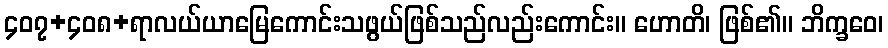
၄၀၇+၄၀၈+ရာလယ်ယာမြေကောင်းသဖွယ်ဖြစ်သည်လည်းကောင်း။ ဟောတိ၊ ဖြစ်၏။ ဘိက္ခဝေ၊